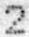
2